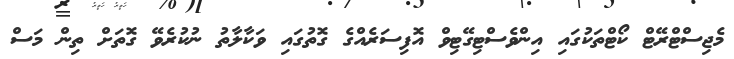
މެޖިސްޓްރޭޓް ކޯޓްތަކުގައި އިންވެސްޓިގޭޓިވް އޮފިސަރެއްގެ ގޮތުގައި ވަކާލާތު ނުކުރެވޭ ގޮތަށް ތިން މަސް